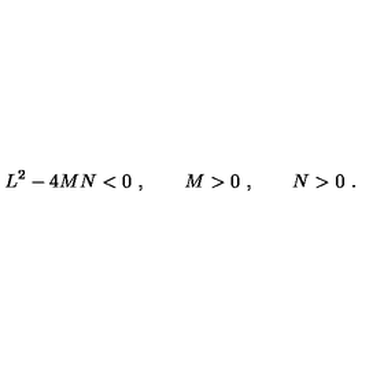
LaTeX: L ^ { 2 } - 4 M N < 0 \ , \qquad M > 0 \ , \qquad N > 0 \ .